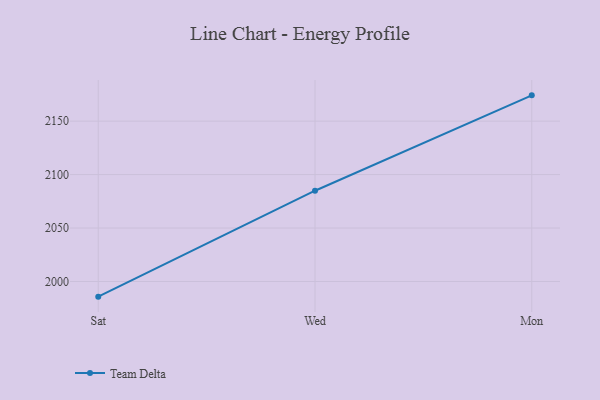
{"axis": {"x": "Day", "y": "Conversion Rate (%)"}, "legend": ["Team Delta"], "data": [{"x": "Sat", "y": 1985.8, "type": "Team Delta"}, {"x": "Wed", "y": 2084.9, "type": "Team Delta"}, {"x": "Mon", "y": 2174.1, "type": "Team Delta"}]}